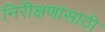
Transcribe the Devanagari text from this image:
निरीक्षणांसाठी